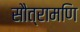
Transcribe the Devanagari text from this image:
सौत्रामणि